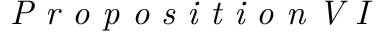
\textit { P r o p o s i t i o n V I }